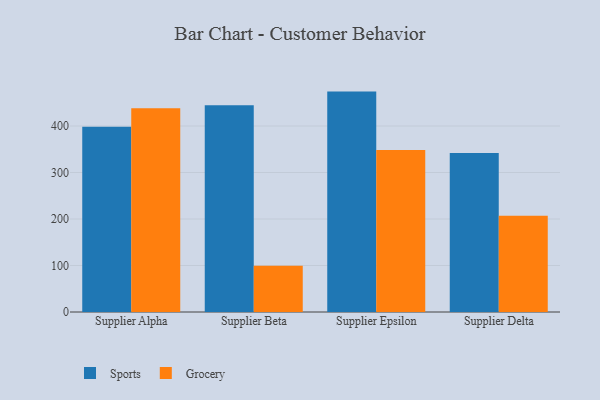
{"axis": {"x": "Supplier", "y": "Net Income (USD K)"}, "legend": ["Grocery", "Sports"], "data": [{"x": "Supplier Alpha", "y": 398.2, "type": "Sports"}, {"x": "Supplier Alpha", "y": 438.0, "type": "Grocery"}, {"x": "Supplier Beta", "y": 444.4, "type": "Sports"}, {"x": "Supplier Beta", "y": 99.6, "type": "Grocery"}, {"x": "Supplier Epsilon", "y": 474.0, "type": "Sports"}, {"x": "Supplier Epsilon", "y": 348.5, "type": "Grocery"}, {"x": "Supplier Delta", "y": 342.2, "type": "Sports"}, {"x": "Supplier Delta", "y": 206.8, "type": "Grocery"}]}